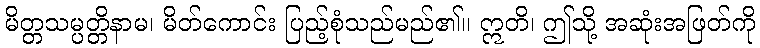
မိတ္တသမ္ပတ္တိနာမ၊ မိတ်ကောင်း ပြည့်စုံသည်မည်၏။ ဣတိ၊ ဤသို့ အဆုံးအဖြတ်ကို